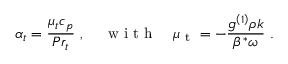
\alpha _ { t } = \frac { { { \mu _ { t } } { c _ { p } } } } { { P { r _ { t } } } } \mathrm { ~ , ~ } \quad \mathrm { ~ w ~ i ~ t ~ h ~ } \quad { \mu _ { { \mathrm { ~ t ~ } } } } = - \frac { { { g ^ { \left( 1 \right) } } \rho k } } { { { \beta ^ { * } } \omega } } \mathrm { ~ . ~ }